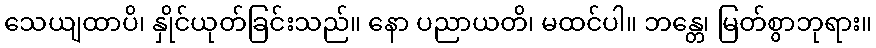
သေယျထာပိ၊ နှိုင်ယုတ်ခြင်းသည်။ နော ပညာယတိ၊ မထင်ပါ။ ဘန္တေ၊ မြတ်စွာဘုရား။